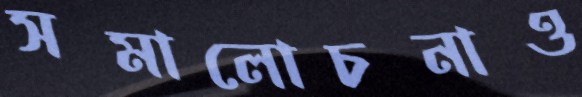
সমালোচনাও